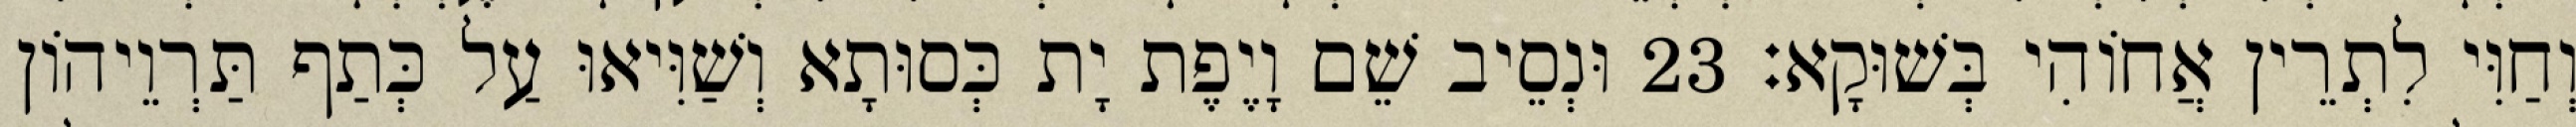
וְחַוִּי לִתְרֵין אֲחוֹהִי בְּשׁוּקָא׃ 23 וּנְסֵיב שֵׁם וָיֶפֶת יָת כְּסוּתָא וְשַׁוִּיאוּ עַל כְּתַף תַּרְוֵיהוֹן